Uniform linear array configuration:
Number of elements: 48
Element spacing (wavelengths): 0.25
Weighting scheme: hamming
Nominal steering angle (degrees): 45
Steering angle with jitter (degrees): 46.63
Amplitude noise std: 0.05
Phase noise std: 0.05

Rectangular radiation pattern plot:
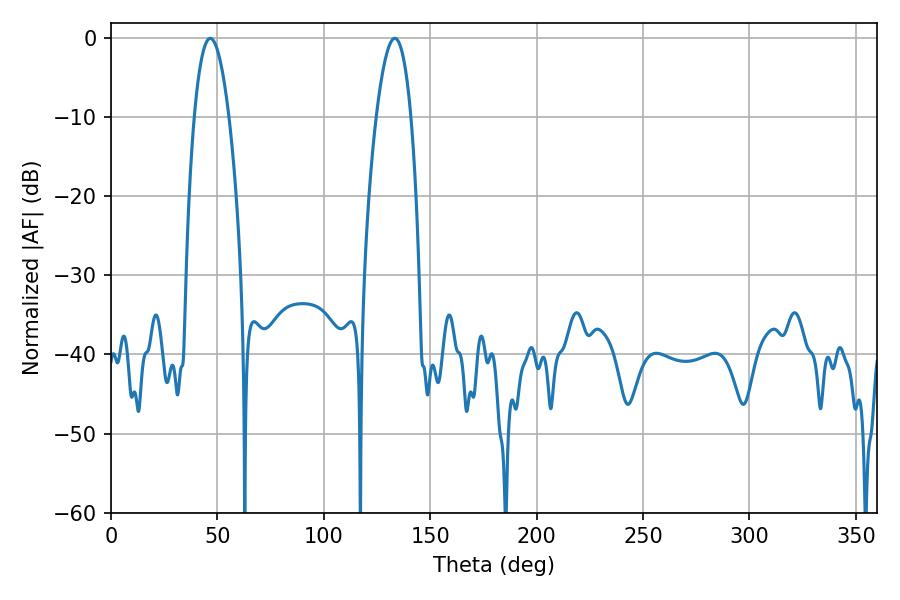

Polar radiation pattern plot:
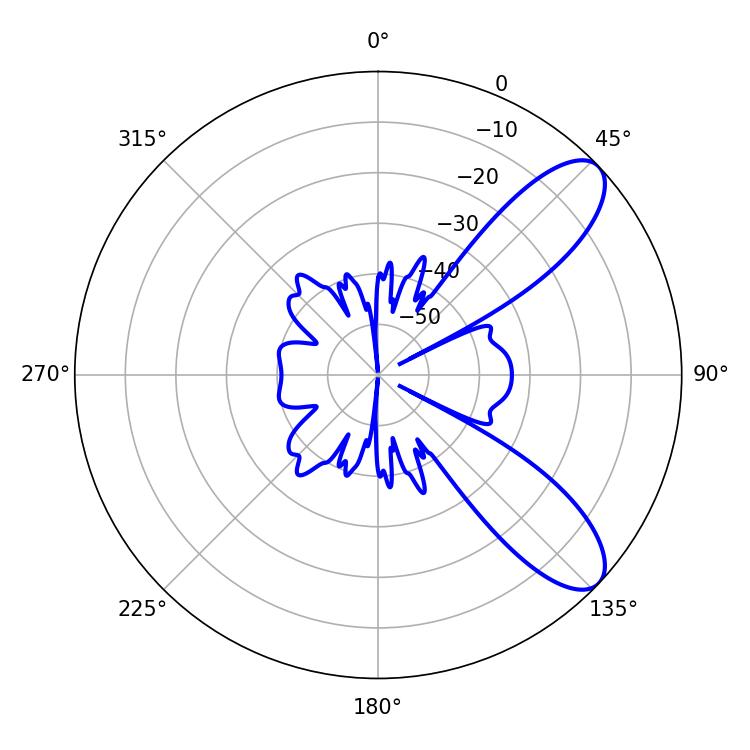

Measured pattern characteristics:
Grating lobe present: FALSE
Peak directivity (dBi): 9.1
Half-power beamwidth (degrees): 9
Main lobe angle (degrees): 46.62